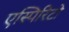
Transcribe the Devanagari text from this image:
एस्पिरिटो